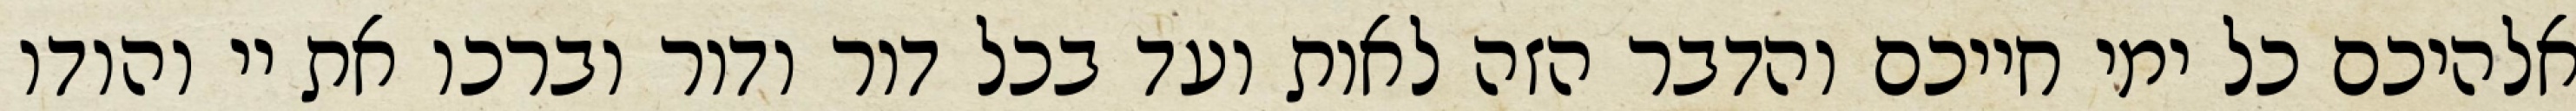
אלהיכם כל ימי חייכם והדבר הזה לאות ועד בכל דור ודור וברכו את יי והודו